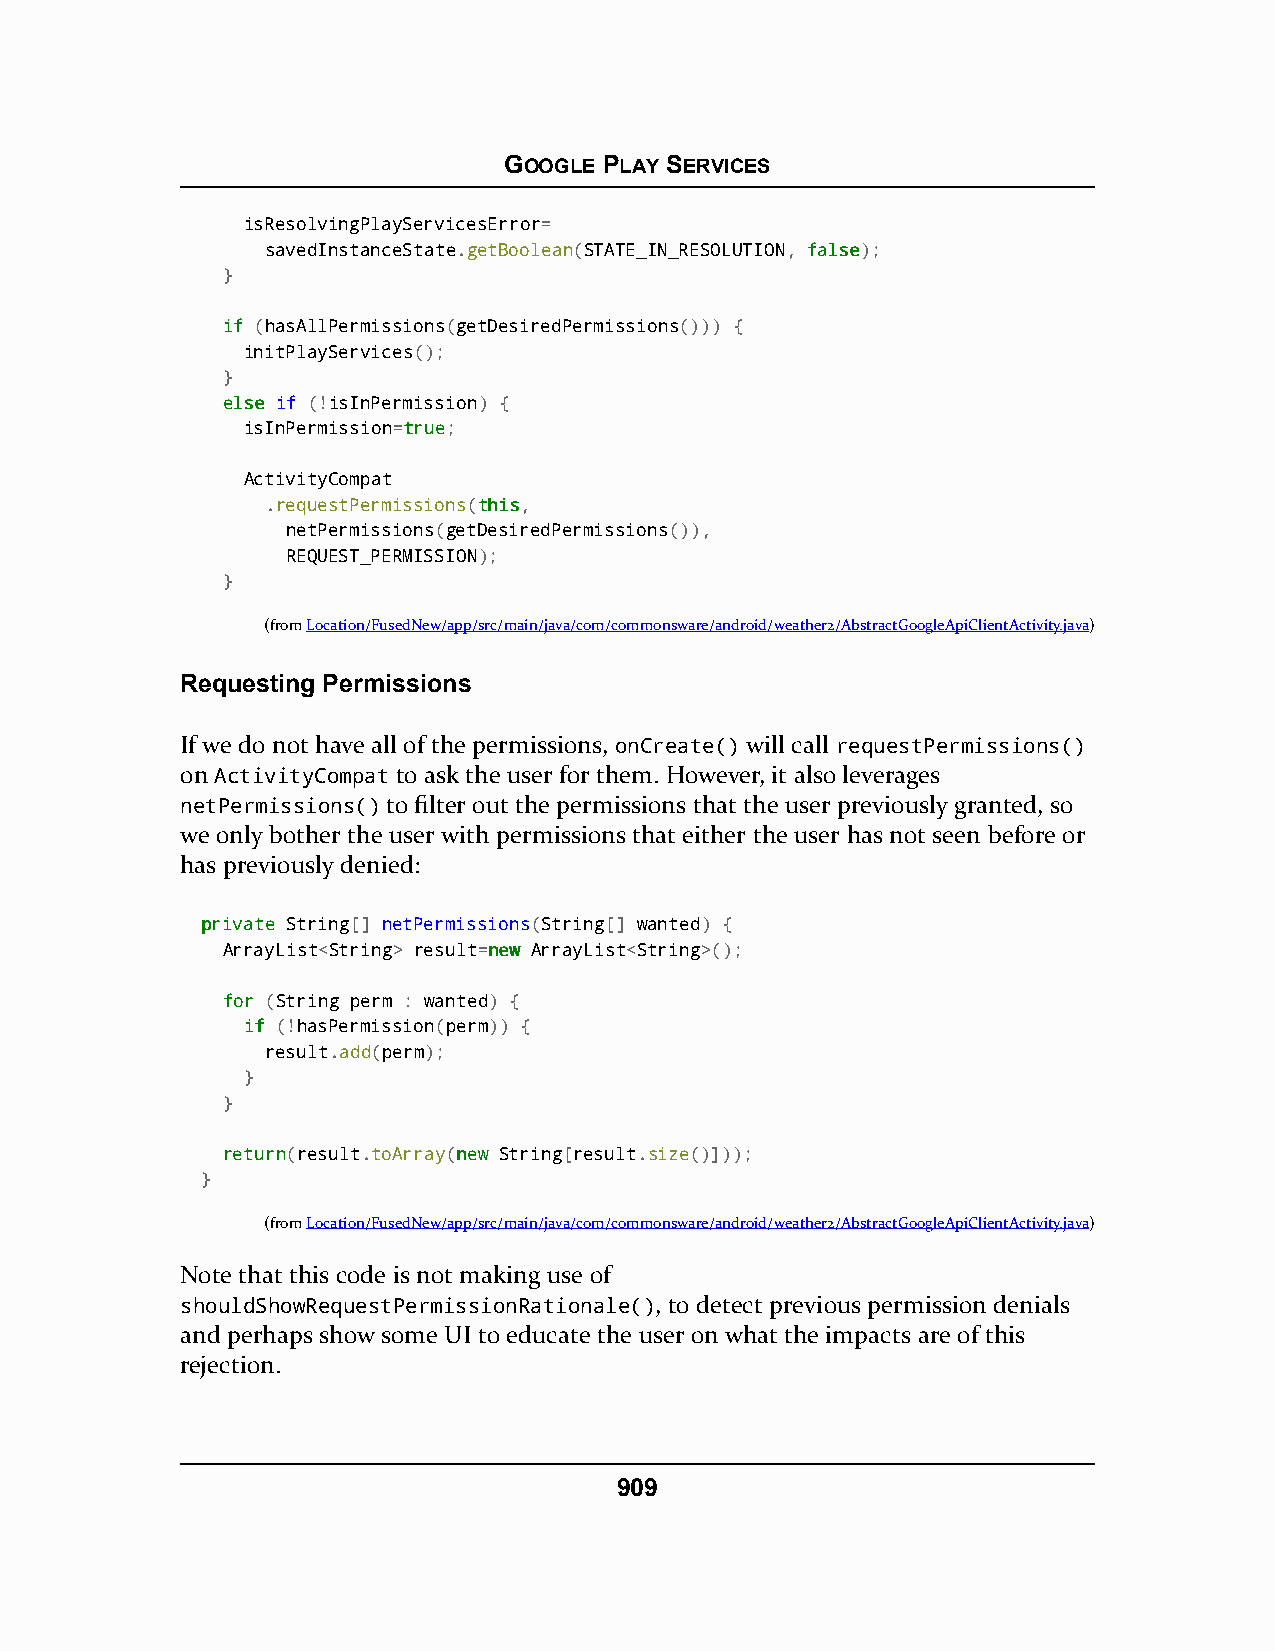
GOOGLE PLAY SERVICES
 isResolvingPlayServicesError=
 savedInstanceState.getBoolean(STATE_IN_RESOLUTION, ffaallssee);
 }
 iiff (hasAllPermissions(getDesiredPermissions())) {
 initPlayServices();
 }
 eellssee if (!isInPermission) {
 isInPermission=ttrruuee;
 ActivityCompat
 .requestPermissions(tthhiiss,
 netPermissions(getDesiredPermissions()),
 REQUEST_PERMISSION);
 }
 (fromLocation/FusedNew/app/src/main/java/com/commonsware/android/weather2/AbstractGoogleApiClientActivity.java)
 Requesting Permissions
 If we do not have all of the permissions, onCreate() will call requestPermissions()
 on ActivityCompat to ask the user for them. However, it also leverages
 netPermissions() to filter out the permissions that the user previously granted, so
 we only bother the user with permissions that either the user has not seen before or
 has previously denied:
 pprriivvaattee String[] netPermissions(String[] wanted) {
 ArrayList<String> result=nneeww ArrayList<String>();
 ffoorr (String perm : wanted) {
 iiff (!hasPermission(perm)) {
 result.add(perm);
 }
 }
 rreettuurrnn(result.toArray(nneeww String[result.size()]));
 }
 (fromLocation/FusedNew/app/src/main/java/com/commonsware/android/weather2/AbstractGoogleApiClientActivity.java)
 Note that this code is not making use of
 shouldShowRequestPermissionRationale(), to detect previous permission denials
 and perhaps show some UI to educate the user on what the impacts are of this
 rejection.
 909